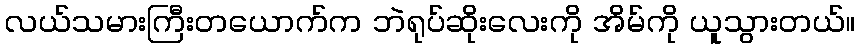
လယ်သမားကြီးတယောက်က ဘဲရုပ်ဆိုးလေးကို အိမ်ကို ယူသွားတယ်။